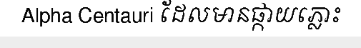
Alpha Centauri ដែលមានផ្កាយភ្លោះ